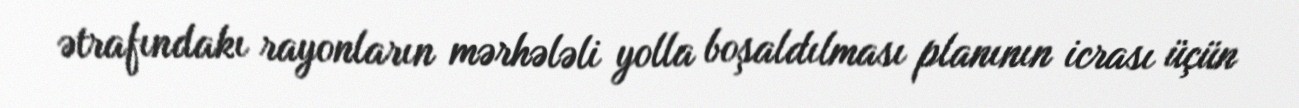
ətrafındakı rayonların mərhələli yolla boşaldılması planının icrası üçün